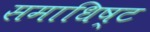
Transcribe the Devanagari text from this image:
समाधिष्ट